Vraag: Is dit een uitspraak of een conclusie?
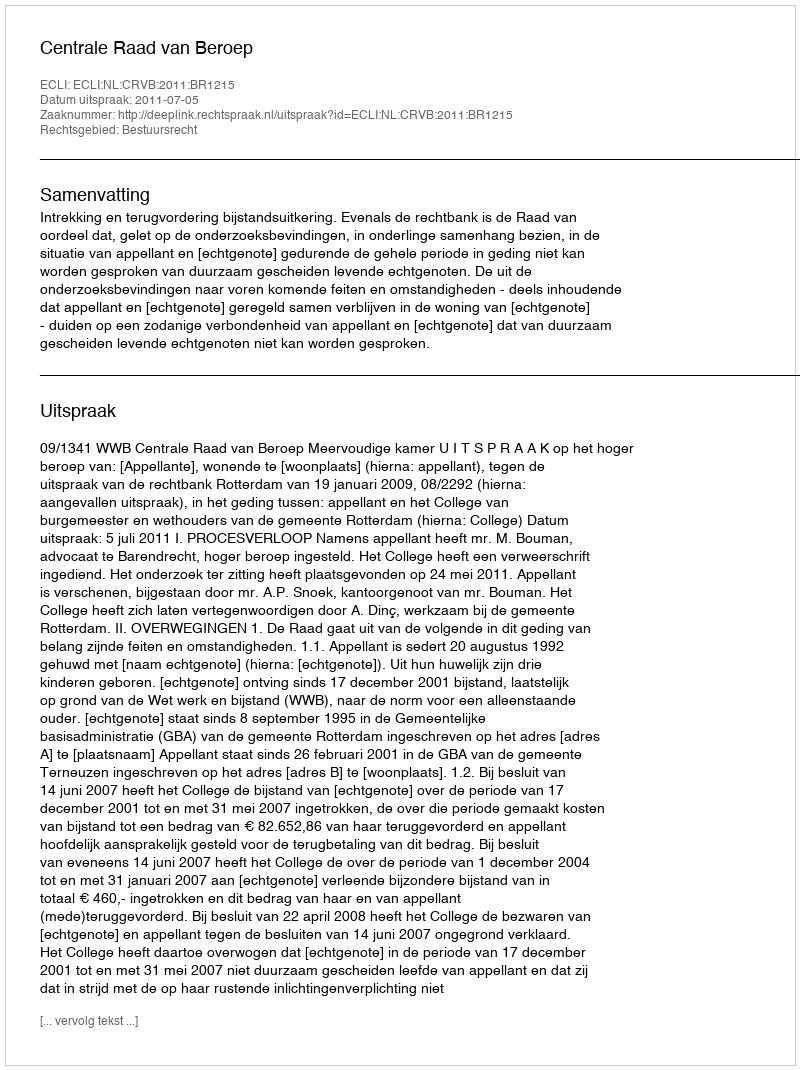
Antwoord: Uitspraak